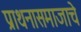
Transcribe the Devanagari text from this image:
प्राथनासमाजाचे